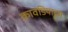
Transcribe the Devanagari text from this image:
कावडियाट्टम